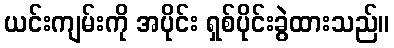
ယင်းကျမ်းကို အပိုင်း ရှစ်ပိုင်းခွဲထားသည်။